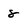
Character: 8